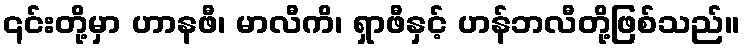
၎င်းတို့မှာ ဟာနဖီ၊ မာလီကိ၊ ရှာဖီနှင့် ဟန်ဘလီတို့ဖြစ်သည်။